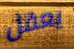
يعقل